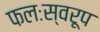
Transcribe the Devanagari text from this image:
फलःस्वरूप